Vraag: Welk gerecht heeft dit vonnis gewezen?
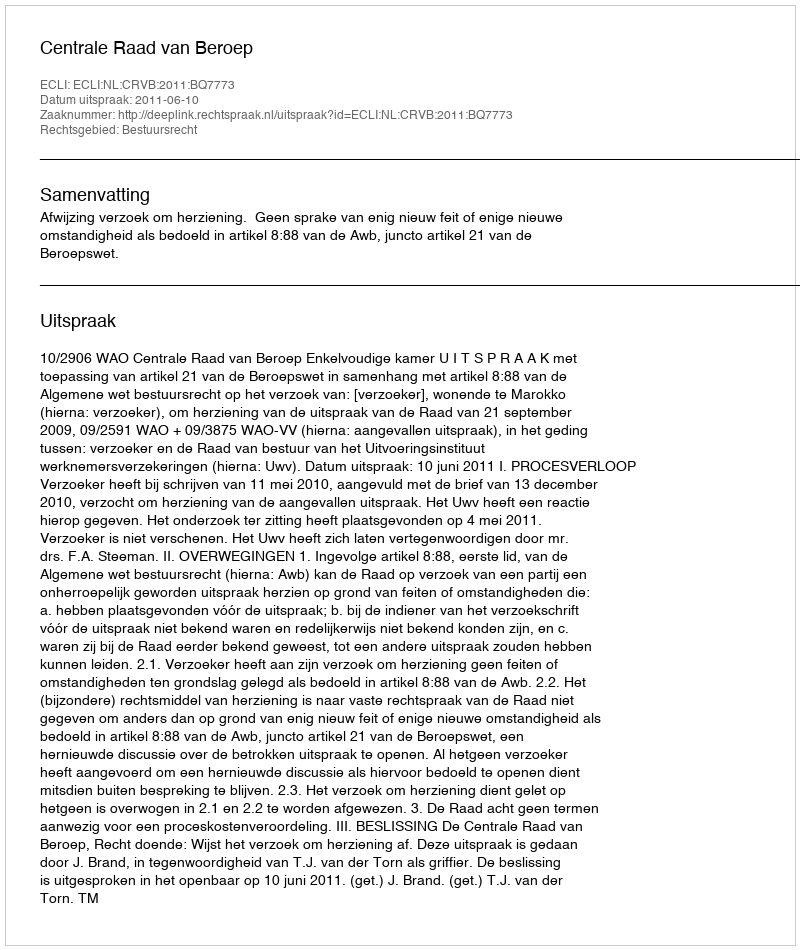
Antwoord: Centrale Raad van Beroep